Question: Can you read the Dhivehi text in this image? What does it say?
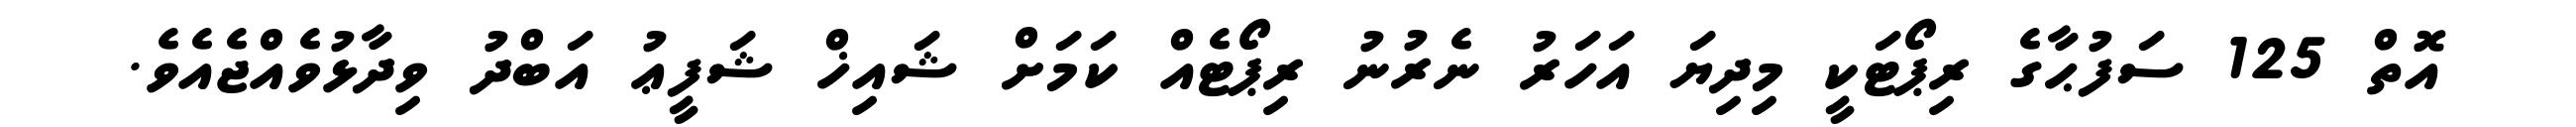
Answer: އޮތް 125 ސަފުޙާގެ ރިޕޯޓަކީ މިދިޔަ އަހަރު ނެރުނު ރިޕޯޓެއް ކަމަށް ޝައިޚް ޝަފީޢު އަބްދު ވިދާޅުވެއްޖެއެވެ.